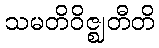
သမတိဝိဇ္ဈတီတိ